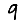
Digit: 9